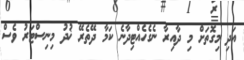
އަދި މިގޮތަށް މި ދާއިރާ ނެގެހެއްޓިދާނެ ކަމާ ދޭތެރޭ ޚުދު މިނިސްޓަރު ވެސް